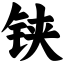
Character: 铗